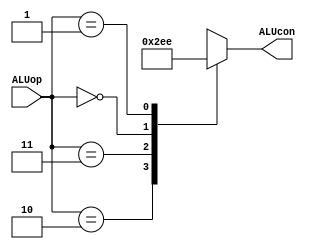
module ALU_control(ALUop,ALUcon);
input [1:0] ALUop;
output reg [2:0]ALUcon;

always@(*)
begin 
case(ALUop)
	2'b10: ALUcon = 3'b001;
	2'b11: ALUcon = 3'b011;
	2'b00: ALUcon = 3'b101;
	2'b01: ALUcon = 3'b110;
	endcase
end
endmodule